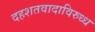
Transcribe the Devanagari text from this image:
दहशतवादाविरुध्ध